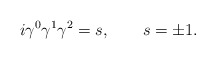
\begin{align*}i\gamma^0\gamma^1\gamma^2=s, \qquad s=\pm1.\end{align*}